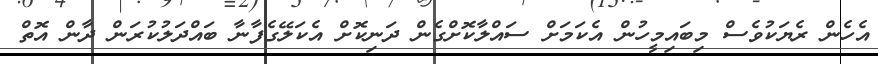
އެހެން ރެޔަކުވެސް މިބައިމީހުން އެކަމަށް ސައްލާކޮށްގެން ދަނިކޮށް އެކަލޭގެފާނާ ބައްދަލުކުރަން ދާން އޮތް